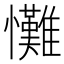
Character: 𢥪